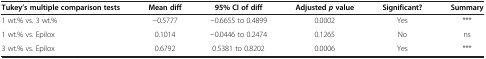
| Tukey’s multiple comparison tests | Mean diff | 95% CI of diff | Adjusted p value | Significant? | Summary |
 | --- | --- | --- | --- | --- | --- |
 | 1 wt.% vs. 3 wt.% | -0.5777 | -0.6655 to 0.4899 | 0.0002 | Yes | *** |
 | 1 wt.% vs. Epilox | 0.1014 | -0.0446 to 0.2474 | 0.1265 | No | ns |
 | 3 wt.% vs. Epilox | 0.6792 | 0.5381 to 0.8202 | 0.0006 | Yes | *** |